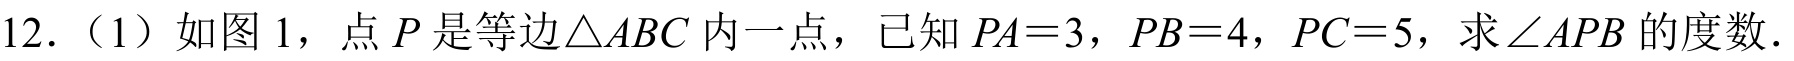
12.（1）如图 1，点\(P\)是等边\(\triangle ABC\)内一点，已知 \(PA = 3\)，\(PB = 4\)，\(PC = 5\)，求\(\angle APB\)的度数.